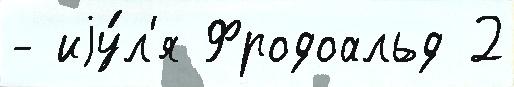
- иjу́л'я Фродоальд 2